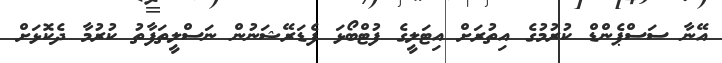
އޭނާ ސަސްޕެންޑް ކުރުމުގެ އިތުރަށް އިޓަލީގެ ފުޓްބޯޅަ ފެޑަރޭޝަނުން ނަސްލީތަފާތު ކުރުމާ ދެކޮޅަށް